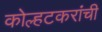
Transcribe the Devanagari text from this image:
कोल्हटकरांची